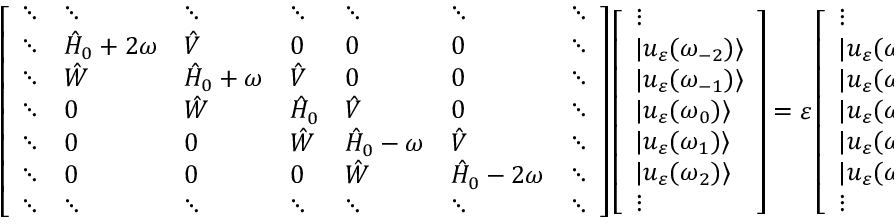
\left[ \begin{array} { l l l l l l l } { \ddots } & { \ddots } & { \ddots } & { \ddots } & { \ddots } & { \ddots } & { \ddots } \\ { \ddots } & { \hat { H } _ { 0 } + 2 \omega } & { \hat { V } } & { 0 } & { 0 } & { 0 } & { \ddots } \\ { \ddots } & { \hat { W } } & { \hat { H } _ { 0 } + \omega } & { \hat { V } } & { 0 } & { 0 } & { \ddots } \\ { \ddots } & { 0 } & { \hat { W } } & { \hat { H } _ { 0 } } & { \hat { V } } & { 0 } & { \ddots } \\ { \ddots } & { 0 } & { 0 } & { \hat { W } } & { \hat { H } _ { 0 } - \omega } & { \hat { V } } & { \ddots } \\ { \ddots } & { 0 } & { 0 } & { 0 } & { \hat { W } } & { \hat { H } _ { 0 } - 2 \omega } & { \ddots } \\ { \ddots } & { \ddots } & { \ddots } & { \ddots } & { \ddots } & { \ddots } & { \ddots } \end{array} \right] \left[ \begin{array} { l } { \vdots } \\ { | u _ { \varepsilon } ( \omega _ { - 2 } ) \rangle } \\ { | u _ { \varepsilon } ( \omega _ { - 1 } ) \rangle } \\ { | u _ { \varepsilon } ( \omega _ { 0 } ) \rangle } \\ { | u _ { \varepsilon } ( \omega _ { 1 } ) \rangle } \\ { | u _ { \varepsilon } ( \omega _ { 2 } ) \rangle } \\ { \vdots } \end{array} \right] = \varepsilon \left[ \begin{array} { l } { \vdots } \\ { | u _ { \varepsilon } ( \omega _ { - 2 } ) \rangle } \\ { | u _ { \varepsilon } ( \omega _ { - 1 } ) \rangle } \\ { | u _ { \varepsilon } ( \omega _ { 0 } ) \rangle } \\ { | u _ { \varepsilon } ( \omega _ { 1 } ) \rangle } \\ { | u _ { \varepsilon } ( \omega _ { 2 } ) \rangle } \\ { \vdots } \end{array} \right] .